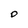
Character: O